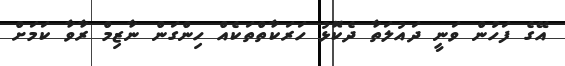
އޭގެ ފަހުން ވަނީ ދައުލަތާ ދެކޮޅު ހަރަކާތްތަކެއް ހިންގަން ނާޒިމް ރާވާ ކަމަށް